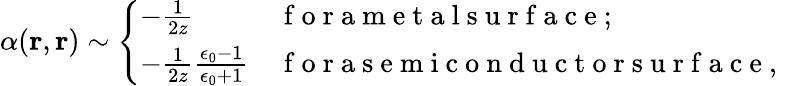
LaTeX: \alpha(\mathbf{r},\mathbf{r})\sim\left\{ \begin{array}{ll}{-\frac{1}{2z}}&{\mathrm{~f~o~r~a~m~e~t~a~l~s~u~r~f~a~c~e~;~}}\\ {-\frac{1}{2z}\frac{\epsilon_{0}-1}{\epsilon_{0}+1}}&{\mathrm{~f~o~r~a~s~e~m~i~c~o~n~d~u~c~t~o~r~s~u~r~f~a~c~e~,~}}\end{array}\right.